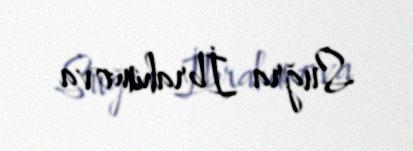
Suğra İbrahimova